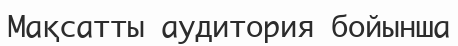
Мақсатты аудитория бойынша